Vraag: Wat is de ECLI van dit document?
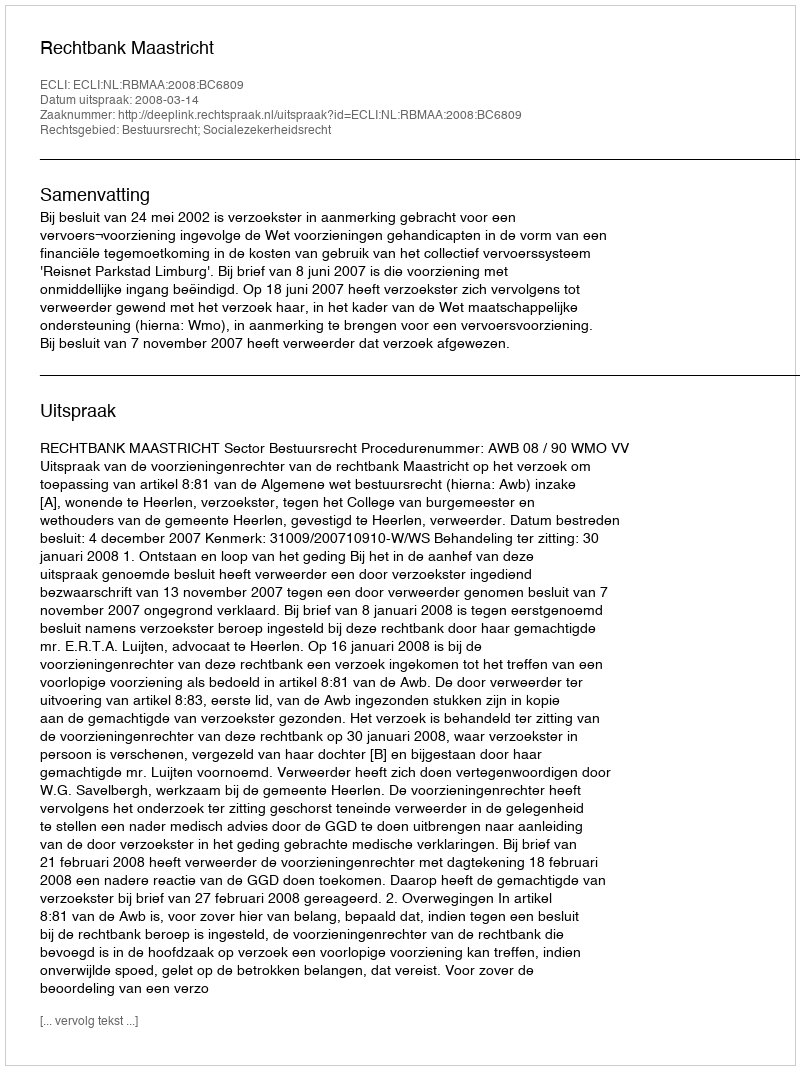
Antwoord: ECLI:NL:RBMAA:2008:BC6809